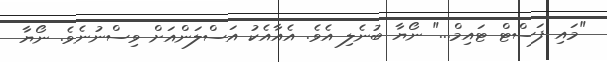
"މައި ފަސްޓް ޓައިމް..." ނޯޔާ ބުނެލި އެވެ. އެއާއެކު އަސްލަންއަށް ވިސްނުނެވެ. ނޯޔާ